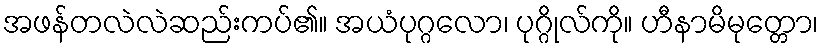
အဖန်တလဲလဲဆည်းကပ်၏။ အယံပုဂ္ဂလော၊ ပုဂ္ဂိုလ်ကို။ ဟီနာမိမုတ္တော၊